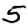
Digit: 5